画像に写った文字を読んでください
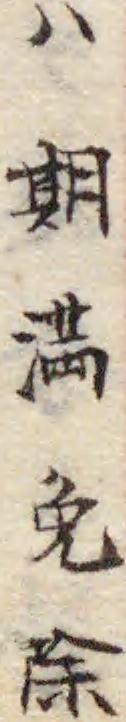
「ハ期満免除」と書いてあります